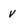
Character: v